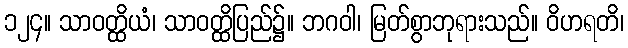
၁၂၄။ သာဝတ္ထိယံ၊ သာဝတ္ထိပြည်၌။ ဘဂဝါ၊ မြတ်စွာဘုရားသည်။ ဝိဟရတိ၊